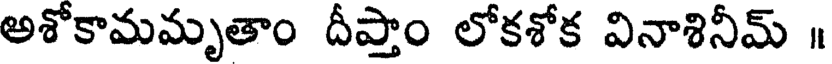
అశోకామమృతాం దీప్తాం లోకశోక వినాశినీమ్ ॥